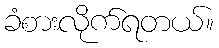
ခံစားလိုက်ရတယ်။